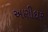
અણીદાર